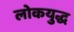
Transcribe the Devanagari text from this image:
लोकयुद्ध